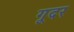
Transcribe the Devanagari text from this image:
गूदर